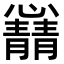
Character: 𫻛